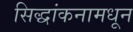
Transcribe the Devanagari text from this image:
सिद्धांकनामधून